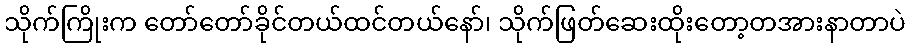
သိုက်ကြိုးက တော်တော်ခိုင်တယ်ထင်တယ်နော်၊ သိုက်ဖြတ်ဆေးထိုးတော့တအားနာတာပဲ